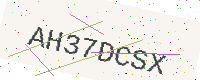
Text: AH37DCSX